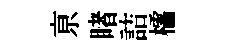
亰睹詰櫺